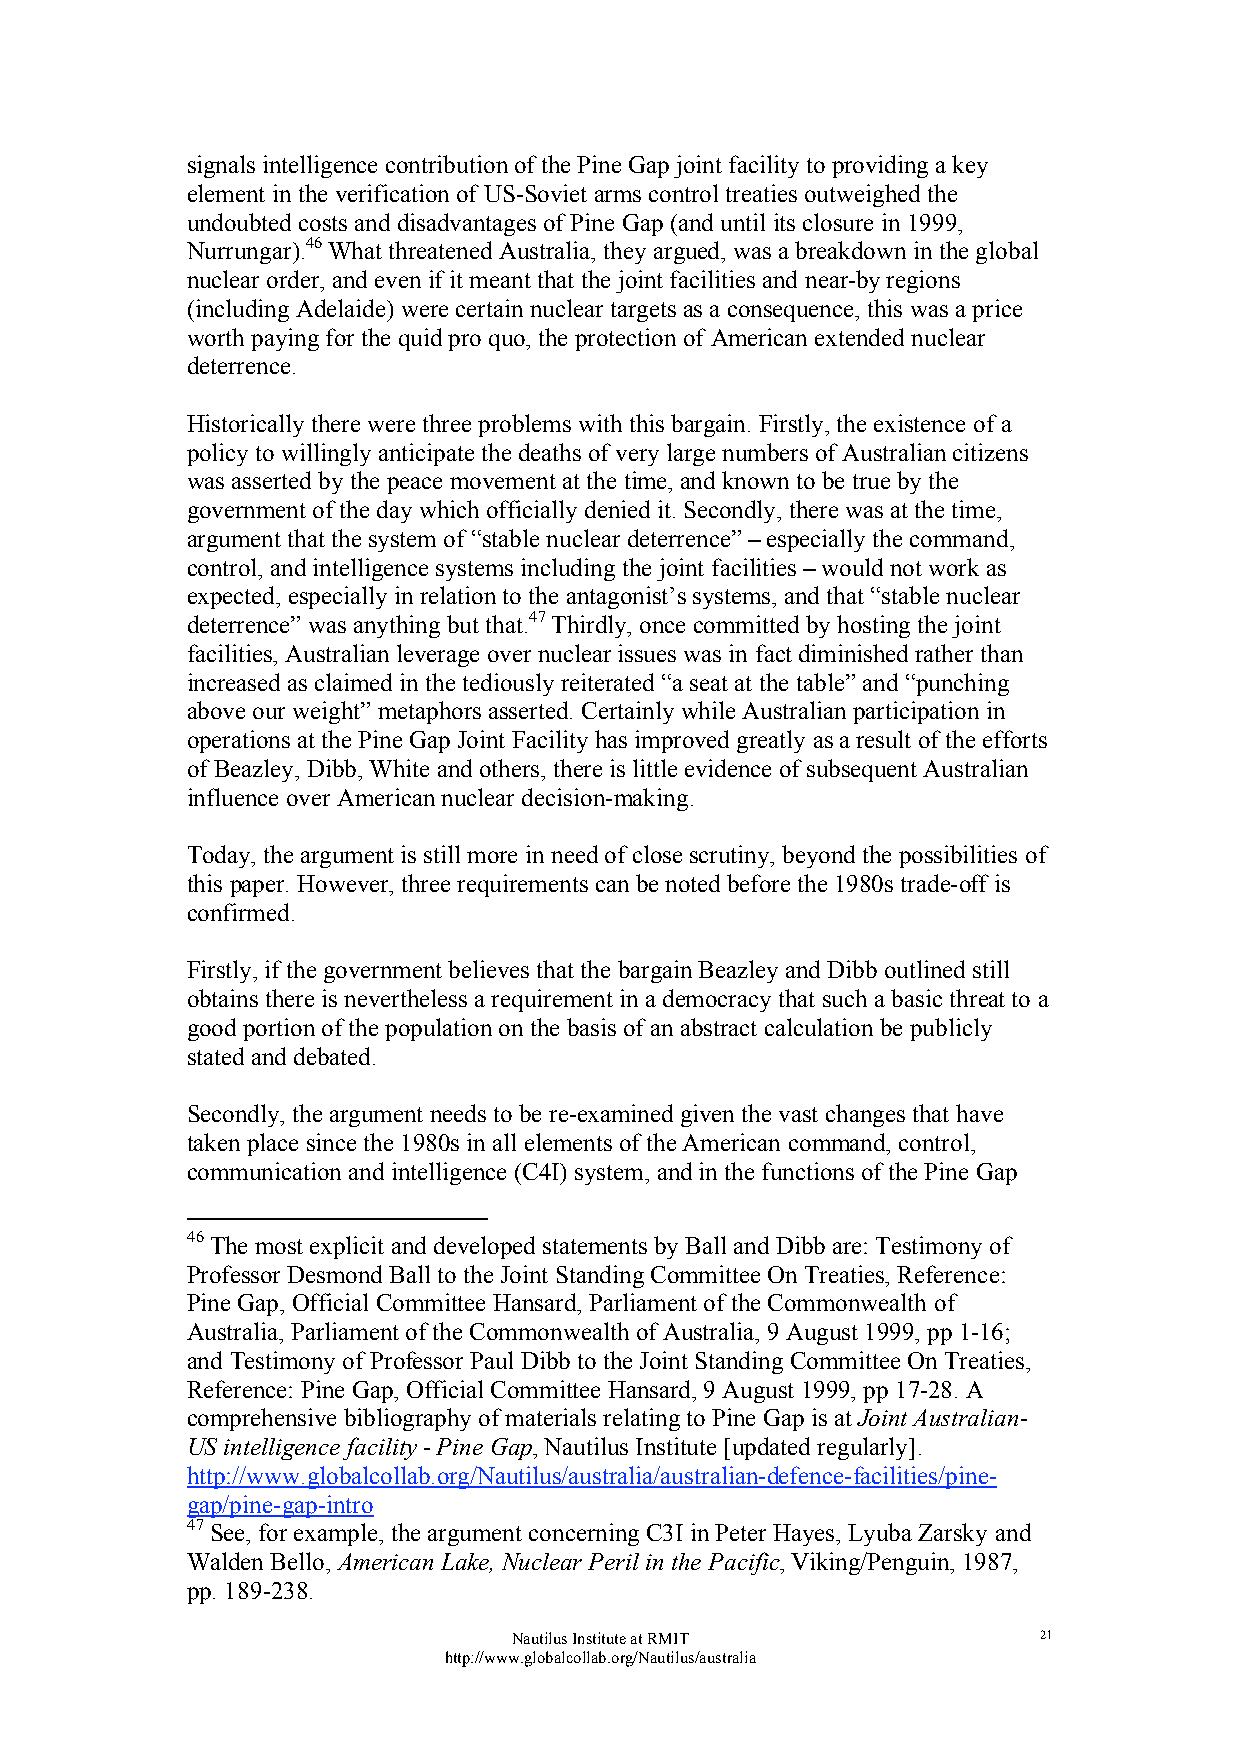
signals intelligence contribution of the Pine Gap joint facility to providing a key
 element in the verification of US-Soviet arms control treaties outweighed the
 undoubted costs and disadvantages of Pine Gap (and until its closure in 1999,
 Nurrungar).46 What threatened Australia, they argued, was a breakdown in the global
 nuclear order, and even if it meant that the joint facilities and near-by regions
 (including Adelaide) were certain nuclear targets as a consequence, this was a price
 worth paying for the quid pro quo, the protection of American extended nuclear
 deterrence.
 Historically there were three problems with this bargain. Firstly, the existence of a
 policy to willingly anticipate the deaths of very large numbers of Australian citizens
 was asserted by the peace movement at the time, and known to be true by the
 government of the day which officially denied it. Secondly, there was at the time,
 argument that the system of “stable nuclear deterrence” – especially the command,
 control, and intelligence systems including the joint facilities – would not work as
 expected, especially in relation to the antagonist’s systems, and that “stable nuclear
 deterrence” was anything but that.47 Thirdly, once committed by hosting the joint
 facilities, Australian leverage over nuclear issues was in fact diminished rather than
 increased as claimed in the tediously reiterated “a seat at the table” and “punching
 above our weight” metaphors asserted. Certainly while Australian participation in
 operations at the Pine Gap Joint Facility has improved greatly as a result of the efforts
 of Beazley, Dibb, White and others, there is little evidence of subsequent Australian
 influence over American nuclear decision-making.
 Today, the argument is still more in need of close scrutiny, beyond the possibilities of
 this paper. However, three requirements can be noted before the 1980s trade-off is
 confirmed.
 Firstly, if the government believes that the bargain Beazley and Dibb outlined still
 obtains there is nevertheless a requirement in a democracy that such a basic threat to a
 good portion of the population on the basis of an abstract calculation be publicly
 stated and debated.
 Secondly, the argument needs to be re-examined given the vast changes that have
 taken place since the 1980s in all elements of the American command, control,
 communication and intelligence (C4I) system, and in the functions of the Pine Gap
 46 The most explicit and developed statements by Ball and Dibb are: Testimony of
 Professor Desmond Ball to the Joint Standing Committee On Treaties, Reference:
 Pine Gap, Official Committee Hansard, Parliament of the Commonwealth of
 Australia, Parliament of the Commonwealth of Australia, 9 August 1999, pp 1-16;
 and Testimony of Professor Paul Dibb to the Joint Standing Committee On Treaties,
 Reference: Pine Gap, Official Committee Hansard, 9 August 1999, pp 17-28. A
 comprehensive bibliography of materials relating to Pine Gap is at Joint Australian-
 US intelligence facility - Pine Gap, Nautilus Institute [updated regularly].
 http://www.globalcollab.org/Nautilus/australia/australian-defence-facilities/pine-
 gap/pine-gap-intro
 47 See, for example, the argument concerning C3I in Peter Hayes, Lyuba Zarsky and
 Walden Bello, American Lake, Nuclear Peril in the Pacific, Viking/Penguin, 1987,
 pp. 189-238.
 Nautilus Institute at RMIT         21
 http://www.globalcollab.org/Nautilus/australia